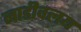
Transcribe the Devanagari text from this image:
नाडीवलय